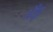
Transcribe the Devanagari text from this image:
भैंड़